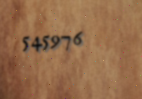
545976